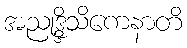
အညုဒ္ဒိသိကေနာတိ